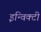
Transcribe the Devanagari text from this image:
इन्विक्टी